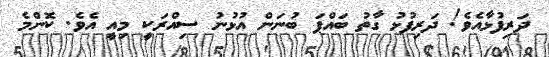
ދަރިފުޅާއެވެ! ދަރިފުޅު ގާތު ބައްޕަ ބުނަން އުޅުނު ސިއްރަކީ މިއީ އެވެ. ކޮންމެ